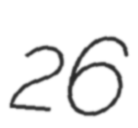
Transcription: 26